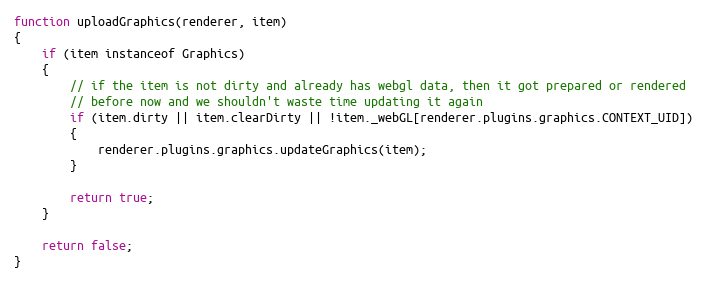
Language: JavaScript
function uploadGraphics(renderer, item)
{
    if (item instanceof Graphics)
    {
        // if the item is not dirty and already has webgl data, then it got prepared or rendered
        // before now and we shouldn't waste time updating it again
        if (item.dirty || item.clearDirty || !item._webGL[renderer.plugins.graphics.CONTEXT_UID])
        {
            renderer.plugins.graphics.updateGraphics(item);
        }

        return true;
    }

    return false;
}